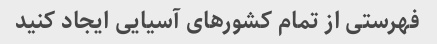
فهرستی از تمام کشورهای آسیایی ایجاد کنید